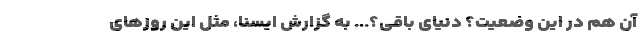
آن هم در این وضعیت؟ دنیای باقی؟... به گزارش ایسنا، مَثل این روزهای